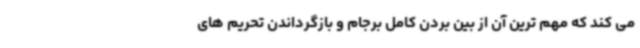
می کند که مهم ترین آن از بین بردن کامل برجام و بازگرداندن تحریم های